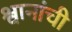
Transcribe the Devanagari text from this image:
श्वानांची